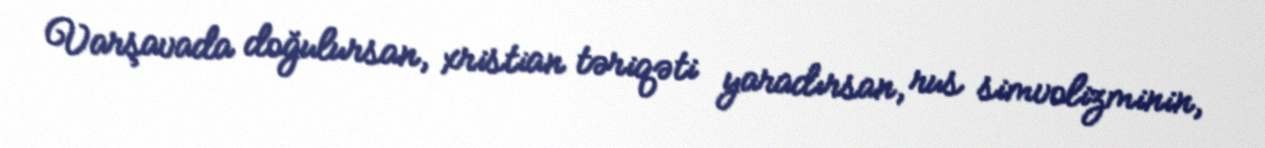
Varşavada doğulursan, xristian təriqəti yaradırsan, rus simvolizminin,